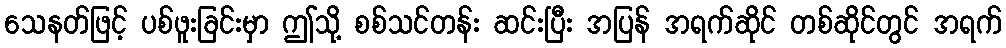
သေနတ်ဖြင့် ပစ်ဖူးခြင်းမှာ ဤသို့ စစ်သင်တန်း ဆင်းပြီး အပြန် အရက်ဆိုင် တစ်ဆိုင်တွင် အရက်